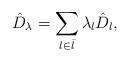
LaTeX: \begin{align*} \begin{aligned} \hat D_\lambda = \sum_{l\in \bar l} \lambda_{l}\hat D_l, \end{aligned}\end{align*}